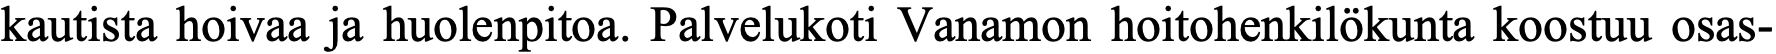
kautista hoivaa ja huolenpitoa. Palvelukoti Vanamon hoitohenkilökunta koostuu osas-